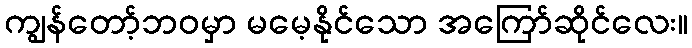
ကျွန်တော့်ဘဝမှာ မမေ့နိုင်သော အကြော်ဆိုင်လေး။